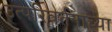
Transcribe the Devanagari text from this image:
उत्परिवर्तनाच्या